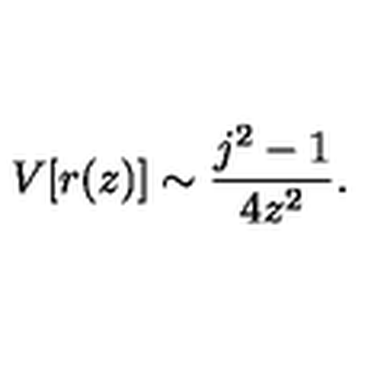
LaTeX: V [ r ( z ) ] \sim \frac { j ^ { 2 } - 1 } { 4 z ^ { 2 } } .